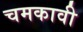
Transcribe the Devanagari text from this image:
चमकावी